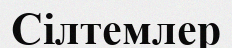
Сілтемлер